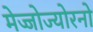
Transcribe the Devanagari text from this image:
मेज्जोज्योरनो